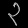
Digit: ၃